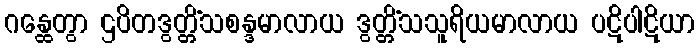
ဂန္ထေတွာ ဌပိတဒွတ္တိံသစန္ဒမာလာယ ဒွတ္တိံသသူရိယမာလာယ ပဋိပါဋိယာ